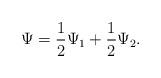
LaTeX: \begin{align*}\Psi=\frac{1}{2}\Psi_1+\frac{1}{2}\Psi_2.\end{align*}